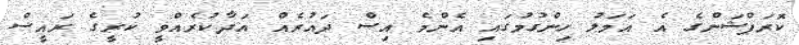
ކޮރަޕްޝަންގެ އެ އަމަލު ހިންގުމުގައި އެންމެ އިސް ދައުރެއް އަދާކުރެއްވީ ކުރީގެ ރައީސް